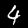
Label: 4